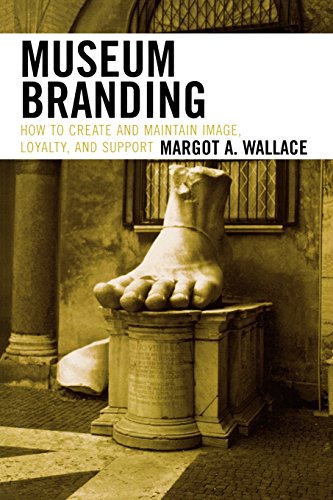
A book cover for Museum Branding: How to Create and Maintain Image, Loyalty, and Support; Margot A. Wallace; Business & Money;